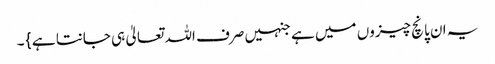
یہ ان پانچ چیزوں میں ہے جنہیں صرف اللہ تعالیٰ ہی جانتا ہے } ۔